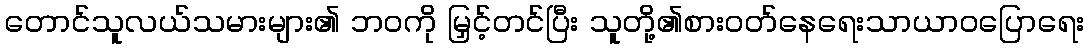
တောင်သူလယ်သမားများ၏ ဘဝကို မြှင့်တင်ပြီး သူတို့၏စားဝတ်နေရေးသာယာဝပြောရေး